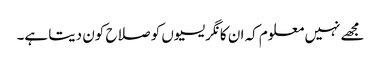
مجھے نہیں معلوم کہ ان کانگریسیوں کو صلاح کون دیتا ہے۔